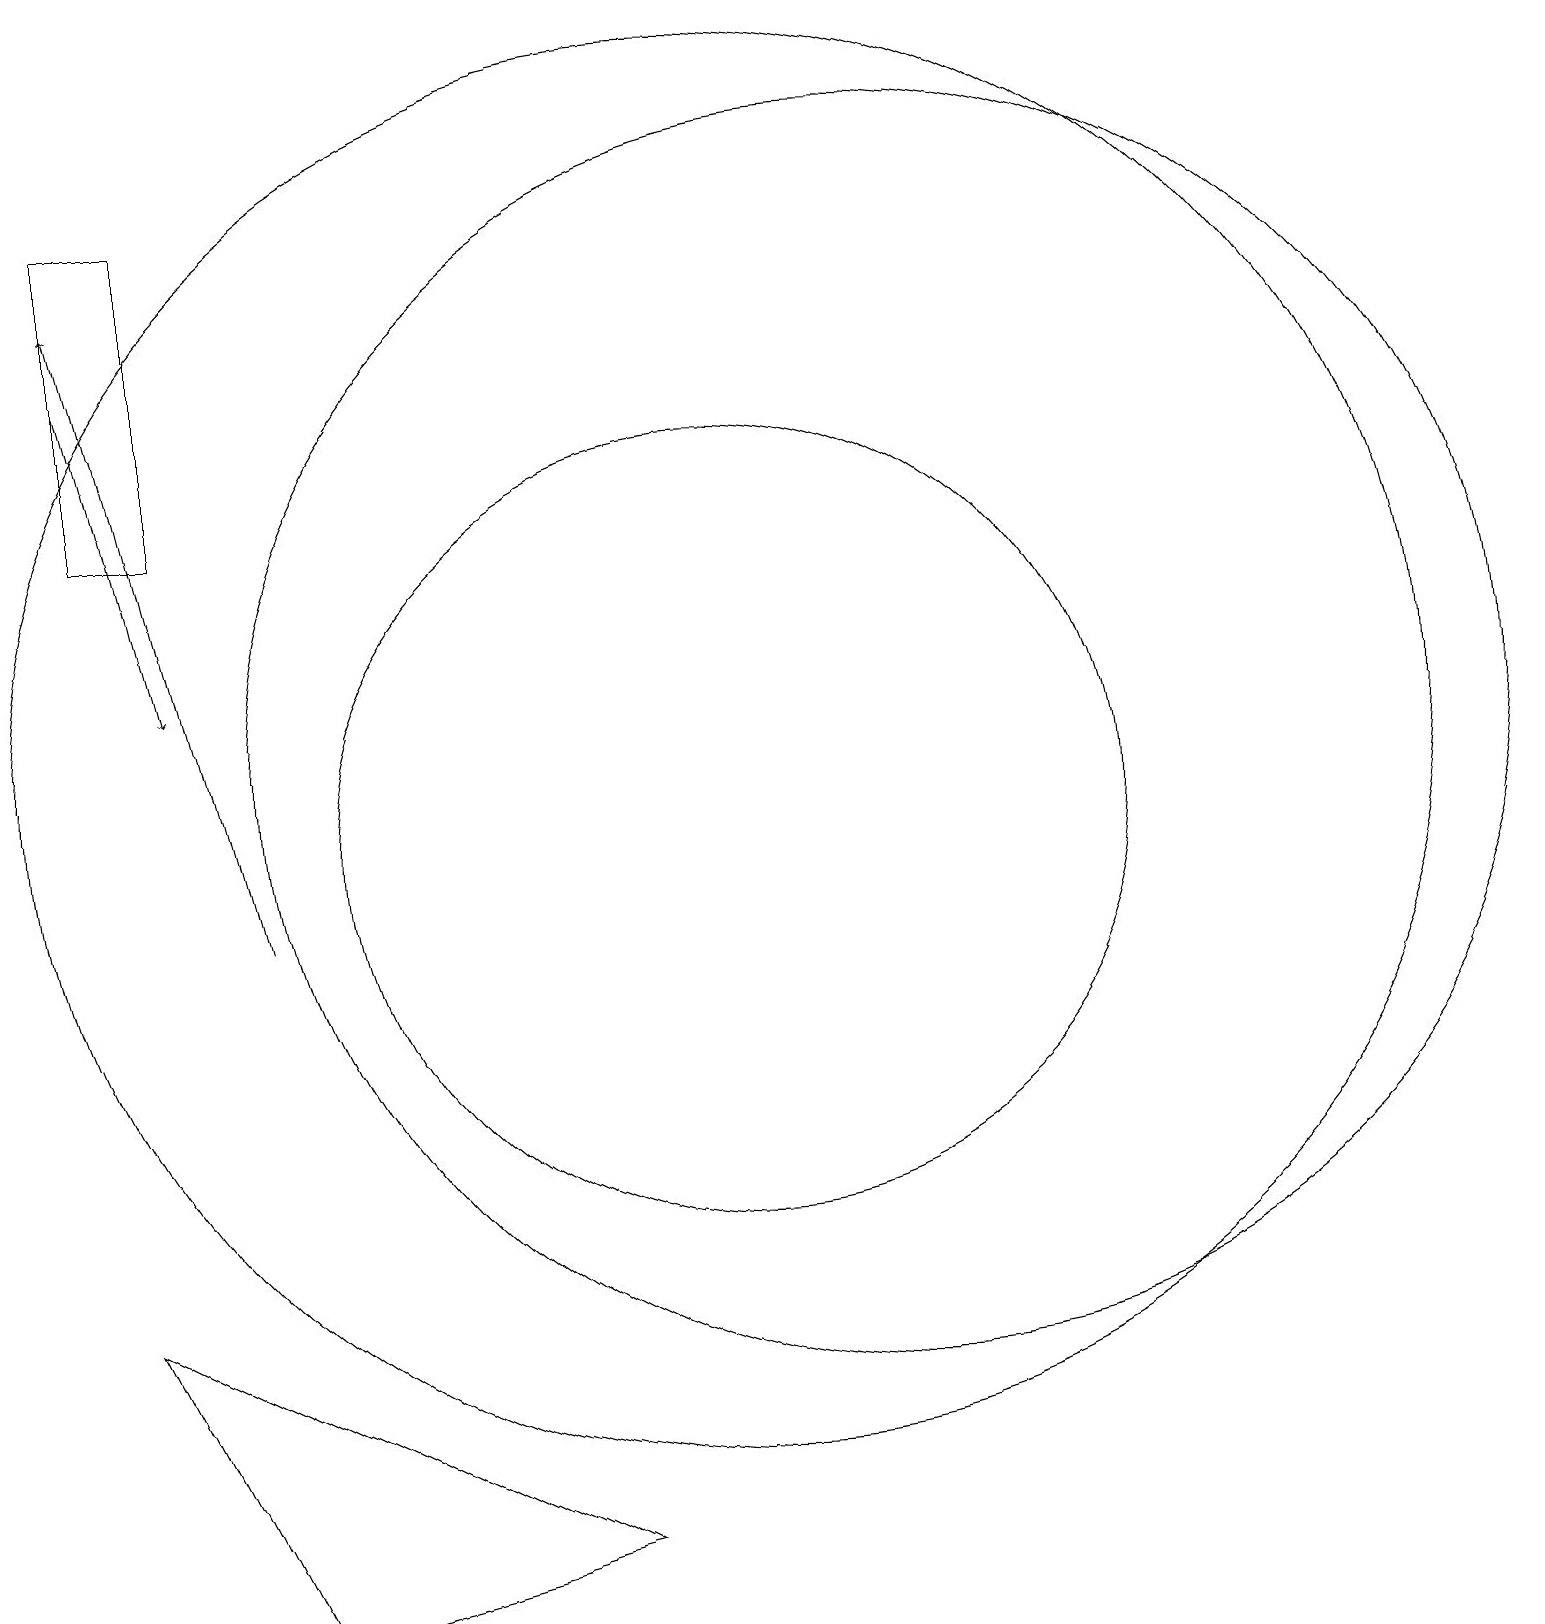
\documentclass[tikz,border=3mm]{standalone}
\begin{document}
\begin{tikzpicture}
\draw[->] (2,17) -- (3,13);
\draw (2,5) -- (4,1) -- (8,2) -- cycle;
\draw (2,15) rectangle (3,19);
\draw (10,12) circle (9);
\draw (12,12) circle (8);
\draw[->] (4,10) -- (2,18);
\draw (10,11) circle (5);
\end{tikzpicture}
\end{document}